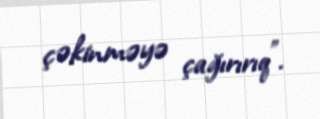
çəkinməyə çağırırıq".